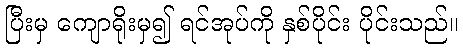
ပြီးမှ ကျောရိုးမှ၍ ရင်အုပ်ကို နှစ်ပိုင်း ပိုင်းသည်။